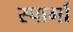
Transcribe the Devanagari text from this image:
स्पार्गा